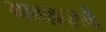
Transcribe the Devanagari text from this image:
गावाबद्दलची